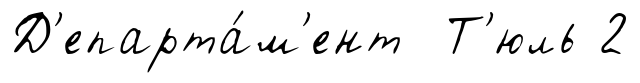
Д'епарта́м'ент Т'юль 2